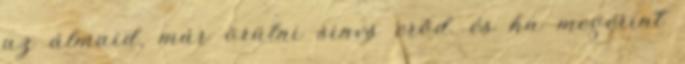
az álmaid, már örülni sincs erőd. és ha megérint